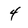
Character: 4